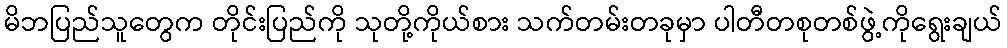
မိဘပြည်သူတွေက တိုင်းပြည်ကို သုတို့ကိုယ်စား သက်တမ်းတခုမှာ ပါတီတစုတစ်ဖွဲ့ကိုရွေးချယ်